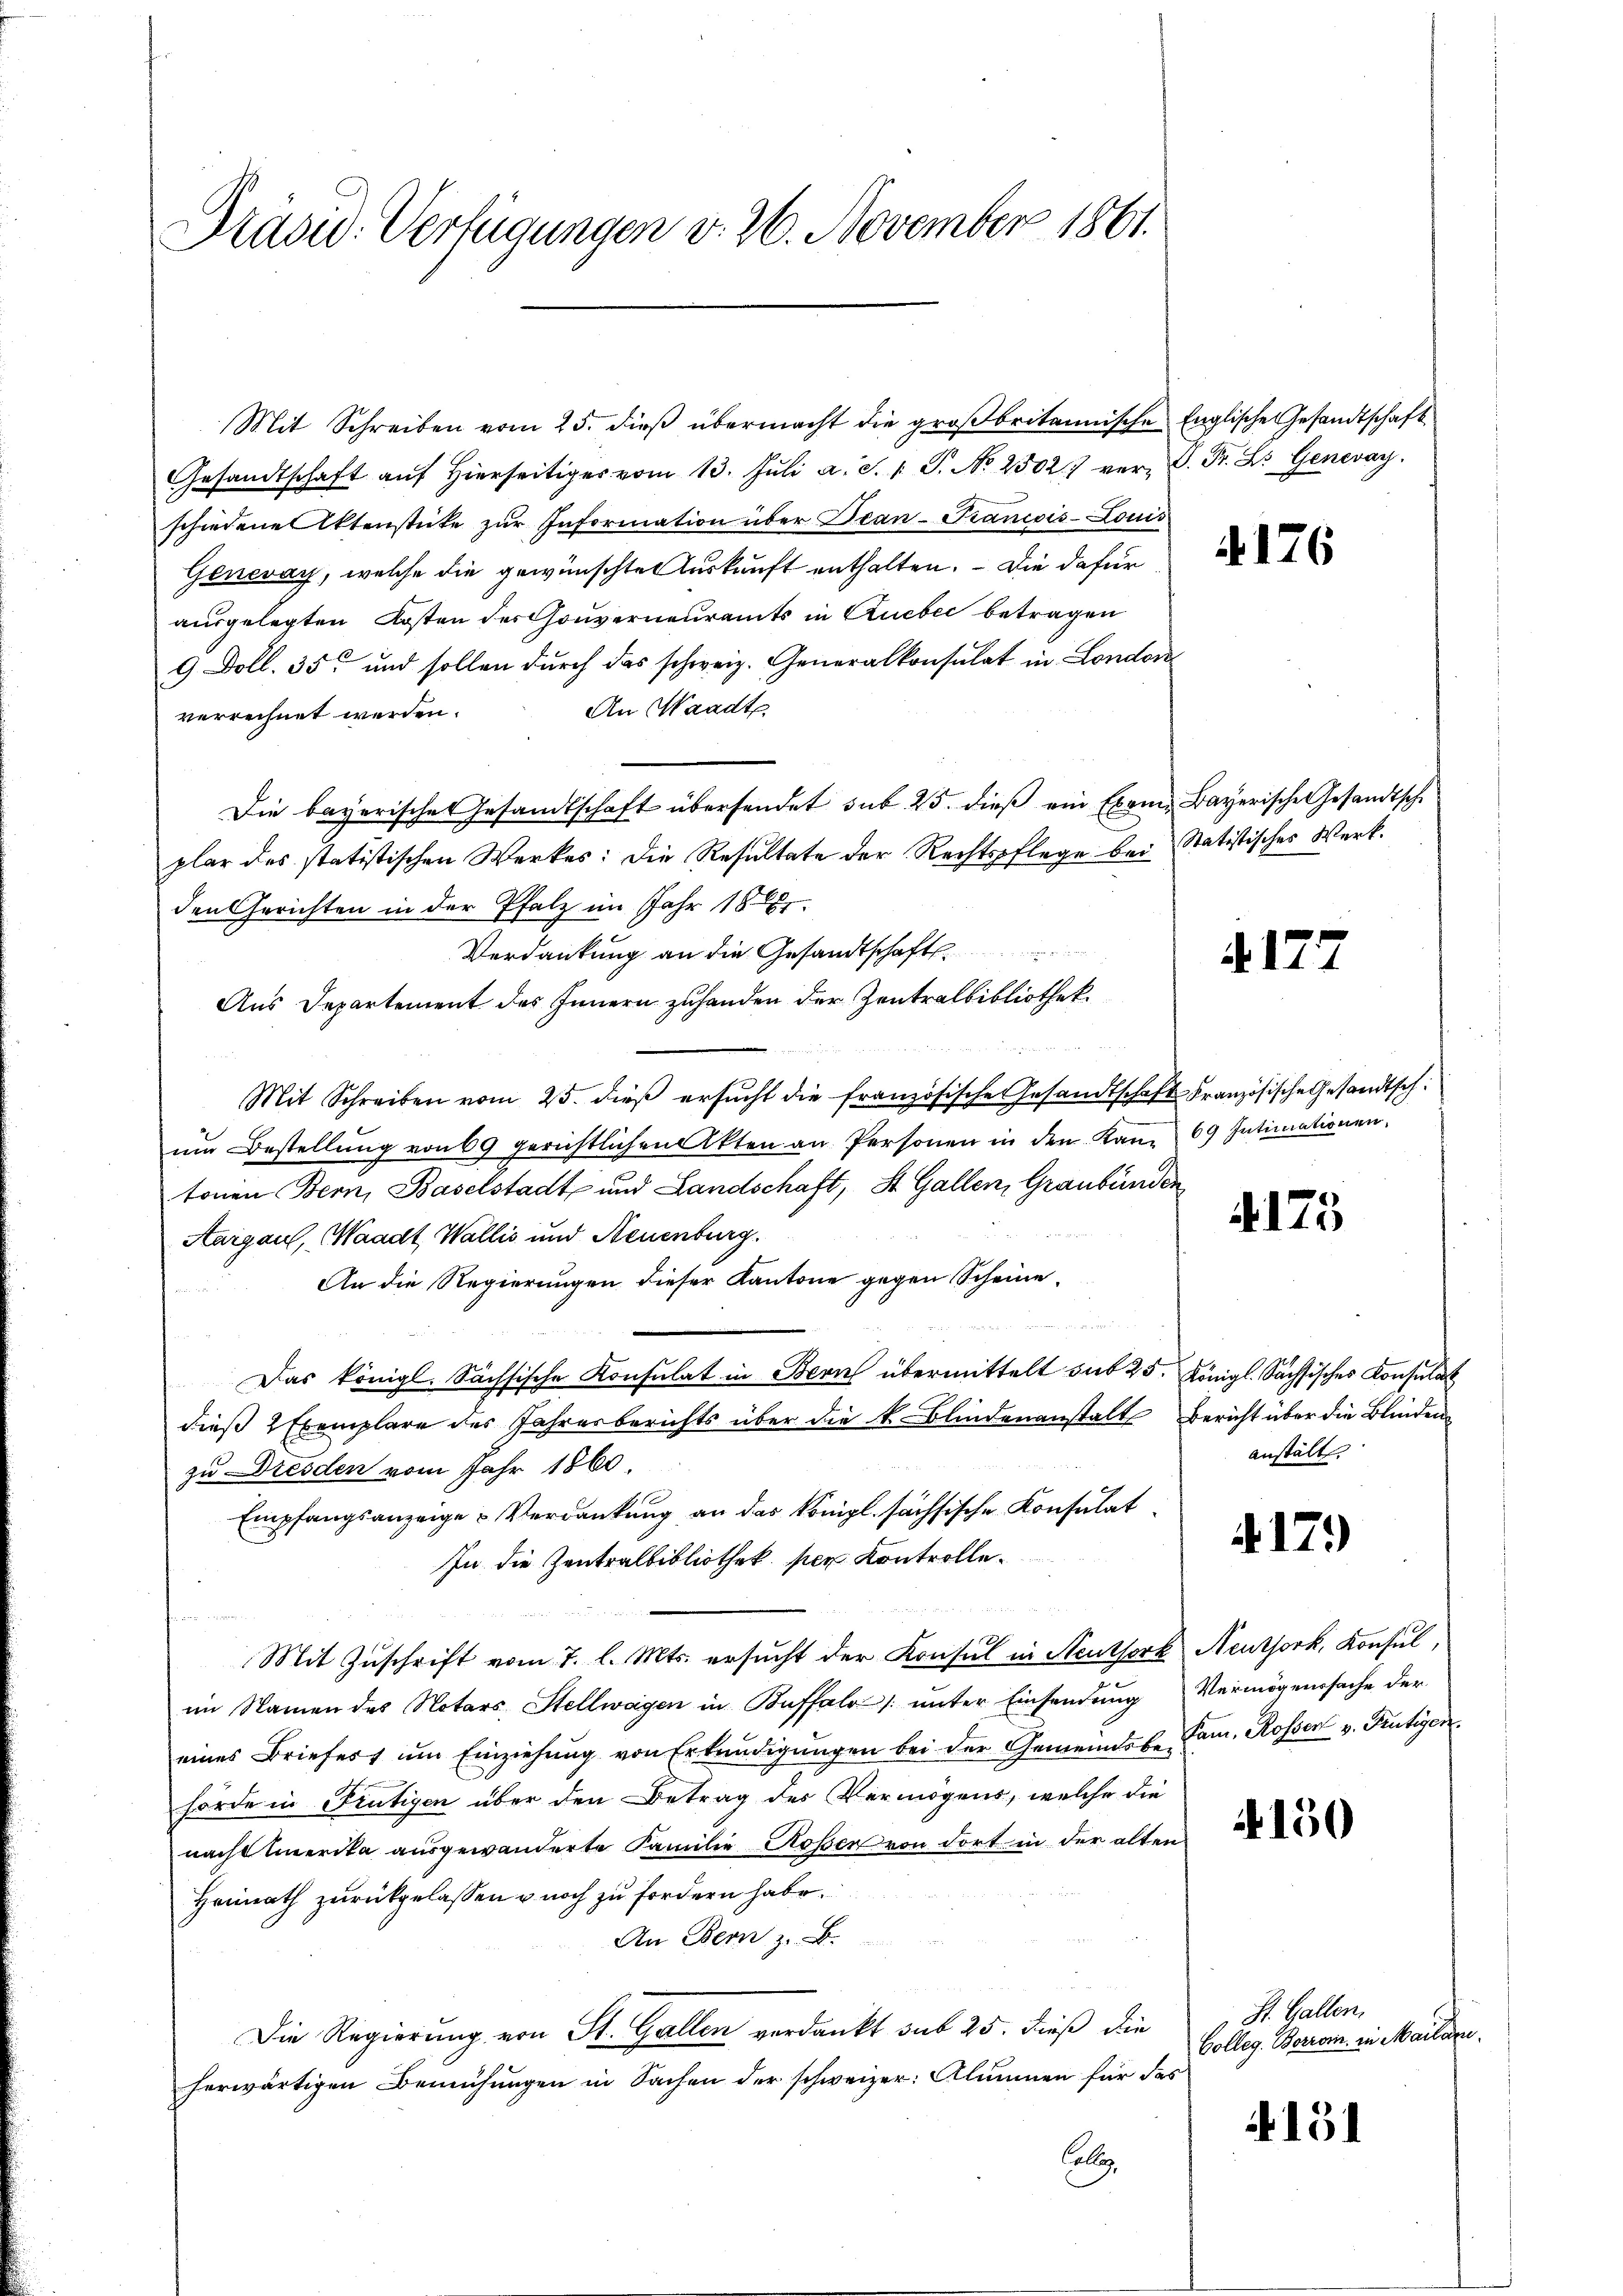
Präsid. Verfügungen v. 26. November 1861.

Mit Schreiben vom 25. dieβ übermacht die großbritannische Englische Gesandtschaft
Gesandtschaft aŭf hierseitig vom 13. Jŭli a. S. 1 S. No 25027 ver- B. Fr. L. Genevay.
schiedene Itenstüke zur Information über Bean-Trancois-Louis
Genevay, welche die gewünschte Auskunft enthalten. Die dafür
ausgelegten Kosten des Gouverneuramts in Queber betragen
9 Doll. 35 und sollen durch das schweiz. Generalkonsulat in London
An Waadt
verrechnet werden.
Die bayerisches Gesandtschaft übersendet sub 25. dieβ ein Exem Bayerische Gesandtsche
plar des statistischen Werkes: Die Resultate der Rechtspflege bei Statistisches Werkden Gerichten in der Pfalz im Jahr 1881
Verdankung an die Gesandtschaft.
Aus Departement des Innern zuhanden der Zentralbibliothek.
Mit Schreiben vom 25. dieβ ersŭcht die französische Gesandtschaft Französische Gesandtsch:
ŭm Bestellŭng von 69 gerichtlichen Akten an Personen in den Kan 69 Intimationen,
tonen Bern, Baselstadt- und Landschaft, St. Gallen, Graubünden
 die
Aargau, Waadt, Wallis und Neuenburg.
An die Regierungen dieser Kantone gegen Scheine
Das königl. Sächsische Konsulat in Bern übermittelt sub 25. Königl. Sächsisches Konsulat
dieß Exemplare des Jahresberichts über die k. Blindenanstalt Bericht über die Blinden
zu Dresden vom Jahr 1860
Empfangsanzeige Verdankung an das Königl. sächsische Konsulat
In die Zentralbibliothek. per Kontrolle¬

5 x
Mit Zuschrift vom 7. l. Mts. ersucht der Konseil in Neuthork Neuthork, Konsul,
a
im Namen des Notars Stellwagen in Buffalo /: unter Einsendung Vermögenssache der
eines Briefer ŭm Einziehŭng von Erkundigŭngen bei der Gemeindebe Fam. Rosser v. Frutigen.
hörde in Frutigen über den Betrag des Vermögens, welche die
nachsamerika ausgewanderte Familie Rosen von dort in der alten
Heimath zurückgelassen u noch zu fordern habe.
An Bern z. B.
Die Regierung von St. Gallen verdankt sub 25. dieß die
herwärtigen Bemühungen in Sachen der schweizer: Alumnen für das
alle

4176

4177

4175

anstält.

417.

150

St. Gallen,
Colleg. Berrom. in Mailar

151